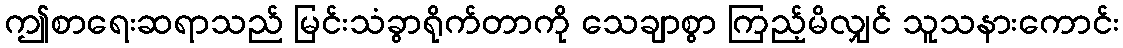
ဤစာရေးဆရာသည် မြင်းသံခွာရိုက်တာကို သေချာစွာ ကြည့်မိလျှင် သူသနားကောင်း